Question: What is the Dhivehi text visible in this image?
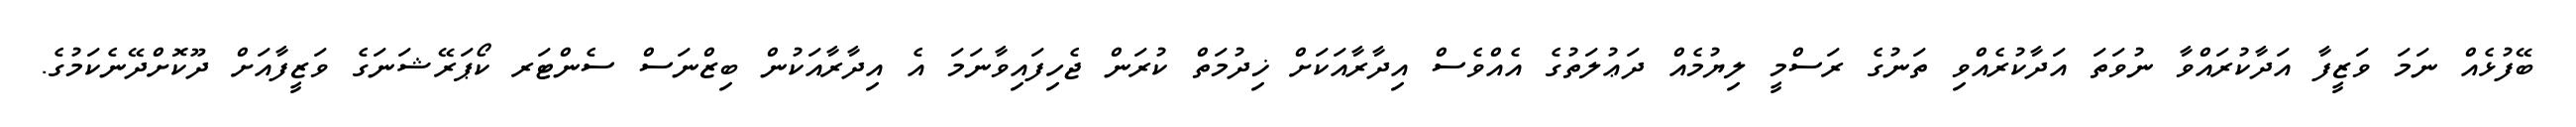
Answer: ބޭފުޅެއް ނަމަ ވަޒީފާ އަދާކުރައްވާ ނުވަތަ އަދާކުރެއްވި ތަނުގެ ރަސްމީ ލިޔުމެއް ދަޢުލަތުގެ އެއްވެސް އިދާރާއަކަށް ޚިދުމަތް ކުރަން ޖެހިފައިވާނަމަ އެ އިދާރާއަކުން ބިޒްނަސް ސެންޓަރ ކޯޕަރޭޝަނަގެ ވަޒީފާއަށް ދޫކޮށްދޭނެކަމުގެ.